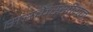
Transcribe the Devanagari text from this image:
सरकेस्सीयन